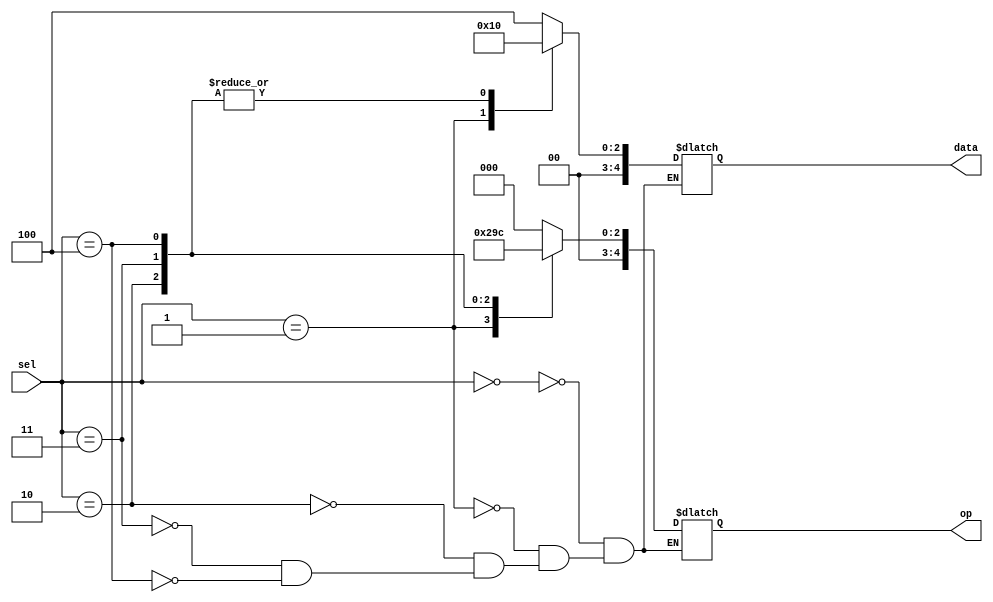
module memory(sel, op, data);

	input [4:0] sel;
	output reg[4:0] op;
	output reg[4:0] data;

	parameter
	A = 4,
	B = 2,

	CLEARLD = 4'b0000,
	ADDLD = 4'b0001,
	ADD = 4'b0010,
	SHTR = 4'b0011,
	DISP = 4'b0100;

	always begin
		#2
		case(sel)
			4'b0000:
			begin
				op <= 0;
				data <= A;
			end
			4'b0001:
			begin
				op <= 1;
				data <= B;
			end
			4'b0010:
			begin
				op <= 2;
				data <= 0;
			end
			4'b0011:
			begin
				op <= 3;
				data <= 0;
			end
			4'b0100:
			begin
				op <= 4;
				data <= 0;
			end
		endcase
	end
endmodule